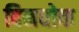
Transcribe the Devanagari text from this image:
बिनधोक